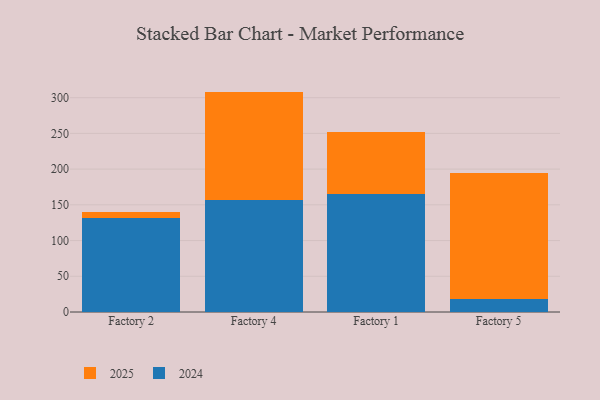
{"axis": {"x": "Factory", "y": "Humidity (%)"}, "legend": ["2024", "2025"], "data": [{"x": "Factory 2", "y": 131.0, "type": "2024"}, {"x": "Factory 2", "y": 9.4, "type": "2025"}, {"x": "Factory 4", "y": 156.2, "type": "2024"}, {"x": "Factory 4", "y": 152.3, "type": "2025"}, {"x": "Factory 1", "y": 164.8, "type": "2024"}, {"x": "Factory 1", "y": 87.0, "type": "2025"}, {"x": "Factory 5", "y": 17.8, "type": "2024"}, {"x": "Factory 5", "y": 177.2, "type": "2025"}]}